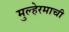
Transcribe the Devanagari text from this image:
मुल्हेरमाची